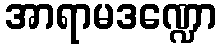
အာရာမဒဏ္ဍော